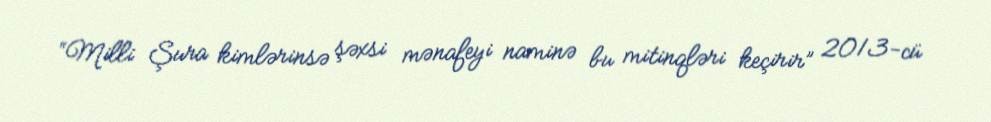
“Milli Şura kimlərinsə şəxsi mənafeyi naminə bu mitinqləri keçirir” 2013-cü